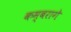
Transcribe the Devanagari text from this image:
कम्बरागे